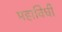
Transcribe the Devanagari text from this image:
महाविधी